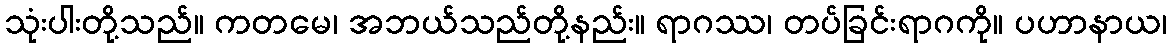
သုံးပါးတို့သည်။ ကတမေ၊ အဘယ်သည်တို့နည်း။ ရာဂဿ၊ တပ်ခြင်းရာဂကို။ ပဟာနာယ၊